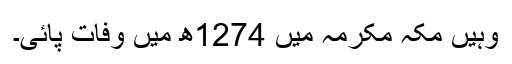
وہیں مکہ مکرمہ میں 1274ھ میں وفات پائی۔